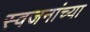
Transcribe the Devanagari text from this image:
स्वजनांच्या